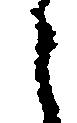
々